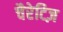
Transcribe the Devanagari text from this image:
चैरेटिज़